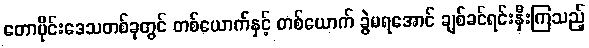
တောပိုင်းဒေသတစ်ခုတွင် တစ်ယောက်နှင့် တစ်ယောက် ခွဲမရအောင် ချစ်ခင်ရင်းနှီးကြသည့်